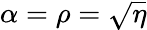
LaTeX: \alpha=\rho=\sqrt{\eta}